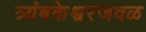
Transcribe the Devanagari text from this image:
त्र्यंबकेश्वरजवळ